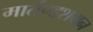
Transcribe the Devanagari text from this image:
मार्तण्डशयन